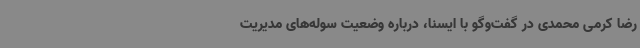
رضا کرمی محمدی در گفت‌وگو با ایسنا، درباره وضعیت سوله‌های مدیریت